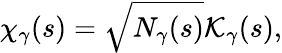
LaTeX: \chi_{\gamma}(s)=\sqrt{N_{\gamma}(s)}{\cal K}_{\gamma}(s),